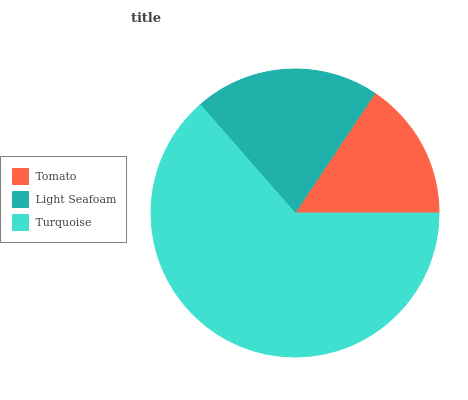
| Tomato | Light Seafoam | Turquoise |
 | --- | --- | --- |
 | 15.6% | 20.9% | 63.5% |